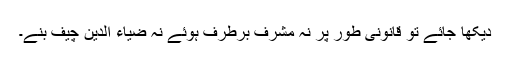
دیکھا جائے تو قانونی طور پر نہ مشرف برطرف ہوئے نہ ضیاء الدین چیف بنے۔